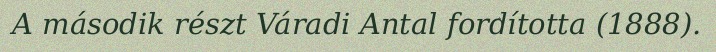
A második részt Váradi Antal fordította (1888).